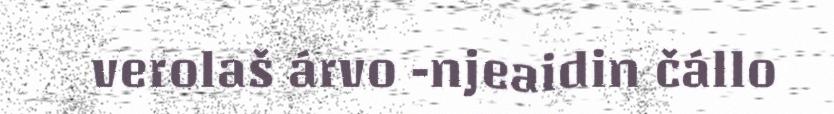
verolaš árvo -njeaidin čállo